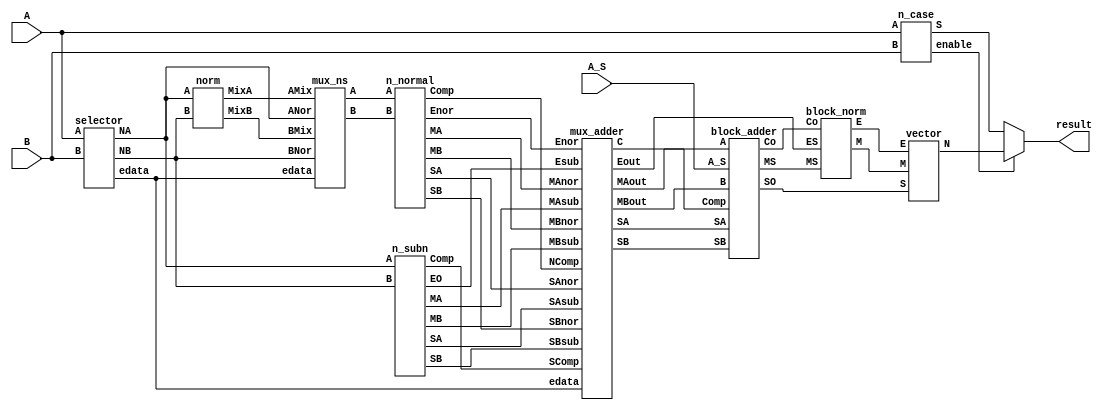
module floating_unit (
    input [31:0] A,
    input [31:0] B,
    input A_S,
    output [31:0] result
);

  wire [31:0] S;
  wire Enable;

  wire [1:0] edata;
  wire [36:0] NA, NB;

  wire SComp, SAsub, SBsub, Compnor, SAnor, SBnor;
  wire [7:0] Esub, Enor;
  wire [27:0] MAsub, MBsub, MAnor, MBnor;

  wire [36:0] MixA, MixB, AMux, BMux;

  wire SA, SB, C;
  wire [7:0] Eout;
  wire [27:0] MAout, MBout;

  wire [27:0] MS;
  wire CO, SO;

  wire [22:0] M;
  wire [ 7:0] E;

  wire [31:0] N;

  n_case nc (
      A,
      B,
      S,
      Enable
  );

  selector sel (
      A,
      B,
      edata,
      NA,
      NB
  );

  n_subn nsbn (
      NA,
      NB,
      SComp,
      SAsub,
      SBsub,
      Esub,
      MAsub,
      MBsub
  );

  mux_ns mxns (
      NA,
      NB,
      MixA,
      MixB,
      AMux,
      BMux,
      edata
  );

  norm nrm (
      NA,
      NB,
      MixA,
      MixB
  );

  n_normal nnrm (
      AMux,
      BMux,
      SAnor,
      SBnor,
      Compnor,
      Enor,
      MAnor,
      MBnor
  );

  mux_adder mxaddr (
      SAsub,
      SBsub,
      SComp,
      Esub,
      MAsub,
      MBsub,
      SAnor,
      SBnor,
      Compnor,
      Enor,
      MAnor,
      MBnor,
      edata,
      SA,
      SB,
      C,
      Eout,
      MAout,
      MBout
  );


  block_adder ba (
      SA,
      SB,
      C,
      MAout,
      MBout,
      A_S,
      MS,
      CO,
      SO
  );

  block_norm blknrm (
      Eout,
      CO,
      MS,
      M,
      E
  );

  vector vec (
      SO,
      E,
      M,
      N
  );

  assign result = (Enable == 1'b1) ? N : S;

endmodule


/// @author Abdelaziz Salah 
/// @date 4/11/2022
module n_case (
    A,
    B,
    S,
    enable
);

  ///defining inputs 
  input [31:0] A, B;

  /// defining outputs 
  output [31:0] S;  /// the output 
  output enable;

  /// defining utility wires  
  wire [2:0] outA, outB;
  wire [7:0] EA, EB, ES;  /// ES is the Exp of the output
  wire [22:0] MA, MB, MS;
  wire SA, SB, SS;  /// SS is the sign of the output     

  /// applying logic 

  ///assigning the sign bits
  assign SA = A[31];
  assign SB = B[31];

  /// assigning the Exponents 
  assign EA = A[30:23];
  assign EB = B[30:23];

  /// assinging the mantessa ; 
  assign MA = A[22:0];
  assign MB = B[22:0];

  /// ternary on the outA 
  assign outA = 
    (EA == 8'h00 && MA == 23'b0) ? 3'b000:  
    (EA == 8'h00 && MA > 23'b0) ? 3'b001:  
    (EA > 8'h00 && EA < 8'hFF && MA > 23'b0) ? 3'b011:  
    (EA == 8'hFF && MA == 23'b0) ? 3'b100:  /// infinity
      (EA == 8'hFF && MA > 23'b0) ? 3'b110 :  /// NAN
      3'b000;

  /// ternary on the outA 
  assign outB = 
    (EB == 8'h00 && MB == 23'b0) ? 3'b000:  
    (EB == 8'h00 && MB > 23'b0) ? 3'b001:  
    (EB > 8'h00 && EB < 8'hFF && MB > 23'b0) ? 3'b011:  
    (EB == 8'hFF && MB == 23'b0) ? 3'b100:  /// infinity
      (EB == 8'hFF && MB > 23'b0) ? 3'b110 :  ///NAN
      3'b000;

  /// if not normal or subnormal
  assign enable = outA[0] & outB[0];


  ///applying the logic of the S

  /// assigning the SS
  assign SS = (outA == 3'b110 || outB == 3'b110) ? 1'b1 :
     (((outA & outB) == 3'b100) & (SA == SB)) ? SA : 
     (((outA & outB) == 3'b100) & (SA != SB)) ? 1'b1: 
     (outA[0] == 1'b1 && outB == 3'b100) ? SB :
     (outB[0] == 1'b1 && outA == 3'b100) ? SA :
     (outA == 3'b000) ? SB : 
     SA; /// else set it to SA for any uncovered case. 


  /// assigning the ES
  assign ES  = (outA == 3'b110 || outB == 3'b110) ? 8'hFF :
     (((outA & outB) == 3'b100) && (SA == SB)) ? 8'hFF : 
     (((outA & outB) == 3'b100) && (SA != SB)) ? EA: 
     (outA[0] == 1'b1 && outB == 3'b100) ? EB :
     (outB[0] == 1'b1 && outA == 3'b100) ? EA :
     (outA == 3'b000) ? EB: 
      EA; /// else set it to SA for any uncovered case. 

  /// assigning the MS
  assign MS  = (outA == 3'b110 || outB == 3'b110) ? 23'b1 :
     (((outA & outB) == 3'b100) & (SA == SB)) ? MA: 
     (((outA & outB) == 3'b100) & (SA != SB)) ? 23'b1 : 
     (outA[0] == 1'b1 && outB == 3'b100) ? MB :
     (outB[0] == 1'b1 && outA == 3'b100) ? MA :
     (outA == 3'b000) ? MB: 
      MA; /// else set it to SA for any uncovered case. 

  /// concatinating the wires to the real output.
  assign S = {SS, ES, MS};

endmodule


module selector (
    input  [31:0] A,
    input  [31:0] B,
    output [ 1:0] edata,
    output [36:0] NA,
    output [36:0] NB
);
  wire SA, SB;
  wire [7:0] EA, EB;
  wire [22:0] MA, MB;

  assign SA = A[31];
  assign SB = B[31];
  assign EA = A[30:23];
  assign EB = B[30:23];
  assign MA = A[22:0];
  assign MB = B[22:0];

  assign NA[36] = SA;
  assign NB[36] = SB;

  assign NA[35:28] = EA;
  assign NB[35:28] = EB;

  assign NA[27] = (EA > 8'h00) ? 1'b1 : 1'b0;
  assign NB[27] = (EB > 8'h00) ? 1'b1 : 1'b0;

  assign NA[26:4] = MA;
  assign NA[3:0] = 4'b0;

  assign NB[26:4] = MB;
  assign NB[3:0] = 4'b0;

  assign edata = (EA == 8'h00 && EB == 8'h00) ? 2'b00 : (EA > 8'h00 && EB > 8'h00) ? 2'b01 : 2'b10;
endmodule


module n_subn (
    input [36:0] A,
    input [36:0] B,

    output Comp,
    output SA,
    output SB,
    output [7:0] EO,
    output [27:0] MA,
    output [27:0] MB
);
  wire [27:0] MAa, MBb;

  assign MAa  = A[27:0];
  assign MBb  = B[27:0];


  assign SA   = A[36];
  assign SB   = B[36];

  assign Comp = (MAa >= MBb) ? 1'b1 : 1'b0;

  assign EO   = A[35:28];

  assign MA   = (Comp == 1'b1) ? MAa : MBb;
  assign MB   = (Comp == 1'b1) ? MBb : MAa;
endmodule


module mux_ns (
    input  [36:0] ANor,
    input  [36:0] BNor,
    input  [36:0] AMix,
    input  [36:0] BMix,
    output [36:0] A,
    output [36:0] B,
    input  [ 1:0] edata
);
  assign A = edata == 2'b01 ? ANor : AMix;
  assign B = edata == 2'b01 ? BNor : BMix;
endmodule

module norm (
    input  [36:0] A,
    input  [36:0] B,
    output [36:0] MixA,
    output [36:0] MixB
);

  wire [36:0] NB;
  wire [ 4:0] shft;

  comp c (
      A,
      B,
      MixA,
      NB
  );
  zero_counter z (
      NB[27:0],
      shft
  );
  n_shift_norm ns (
      shft,
      NB[27:0],
      MixB[27:0]
  );
  assign MixB[36:28] = NB[36:28];
endmodule

module comp (
    input  [36:0] A,
    input  [36:0] B,
    output [36:0] NA,
    output [36:0] NB
);

  assign NA = A[35:28] == 8'b0 ? A : B;
  assign NB = A[35:28] == 8'b0 ? B : A;

endmodule
module zero_counter (
    input  [27:0] M,
    output [ 4:0] Zcount
);
  wire [27:0] Z;
  assign Z = 28'b0;
  assign Zcount =  M[27:0]  == Z[27:0] ? 5'h1c : 
				 M[27:1]  == Z[27:1] ? 5'h1b :
				 M[27:2]  == Z[27:2] ? 5'h1a :
				 M[27:3]  == Z[27:3] ? 5'h19 :
				 M[27:4]  == Z[27:4] ? 5'h18 :
				 M[27:5]  == Z[27:5] ? 5'h17 :
				 M[27:6]  == Z[27:6] ? 5'h16 :
				 M[27:7]  == Z[27:7] ? 5'h15 :
				 M[27:8]  == Z[27:8] ? 5'h14 :
				 M[27:9]  == Z[27:9] ? 5'h13 :
				 M[27:10] == Z[27:10] ? 5'h12 :
				 M[27:11] == Z[27:11] ? 5'h11 :
				 M[27:12] == Z[27:12] ? 5'h10 :
				 M[27:13] == Z[27:13] ? 5'hf :
				 M[27:14] == Z[27:14] ? 5'he :
				 M[27:15] == Z[27:15] ? 5'hd :
				 M[27:16] == Z[27:16] ? 5'hc :
				 M[27:17] == Z[27:17] ? 5'hb :
				 M[27:18] == Z[27:18] ? 5'ha :
				 M[27:19] == Z[27:19] ? 5'h9 :
				 M[27:20] == Z[27:20] ? 5'h8 :
				 M[27:21] == Z[27:21] ? 5'h7 :
				 M[27:22] == Z[27:22] ? 5'h6 :
				 M[27:23] == Z[27:23] ? 5'h5 :
				 M[27:24] == Z[27:24] ? 5'h4 :
				 M[27:25] == Z[27:25] ? 5'h3 :
				 M[27:26] == Z[27:26] ? 5'h2 :
				 M[27]    == Z[27] ? 5'h1 : 5'h0;

endmodule

module n_shift (
    input  [ 4:0] shft,
    input  [27:0] in,
    output [27:0] out
);
  wire [27:0] z1, z2, z3, z4, z5;
  genvar i;
  generate
    for (i = 0; i <= 27; i = i + 1) begin
      if (i == 0)
        mux2X1 m1 (
            1'b0,
            in[0],
            shft[0],
            z1[i]
        );
      if (i > 0 && i < 28)
        mux2X1 m2 (
            in[(i-1)],
            in[i],
            shft[0],
            z1[i]
        );
      if (i >= 0 && i < 2)
        mux2X1 m3 (
            1'b0,
            z1[i],
            shft[1],
            z2[i]
        );
      if (i > 1 && i < 28)
        mux2X1 m4 (
            z1[(i-2)],
            z1[i],
            shft[1],
            z2[i]
        );
      if (i >= 0 && i < 4)
        mux2X1 m5 (
            1'b0,
            z2[i],
            shft[2],
            z3[i]
        );
      if (i > 3 && i < 28)
        mux2X1 m6 (
            z2[(i-4)],
            z2[i],
            shft[2],
            z3[i]
        );
      if (i >= 0 && i < 8)
        mux2X1 m7 (
            1'b0,
            z3[i],
            shft[3],
            z4[i]
        );
      if (i > 7 && i < 28)
        mux2X1 m8 (
            z3[(i-8)],
            z3[i],
            shft[3],
            z4[i]
        );
      if (i >= 0 && i < 16)
        mux2X1 m9 (
            1'b0,
            z4[i],
            shft[4],
            z5[i]
        );
      if (i > 15 && i < 28)
        mux2X1 m10 (
            z4[(i-16)],
            z4[i],
            shft[4],
            z5[i]
        );
    end
  endgenerate
  assign out = z5;
endmodule

module mux2X1 (
    in0,
    in1,
    sel,
    out
);
  input in0, in1;
  input sel;
  output out;
  assign out = (sel) ? in0 : in1;
endmodule

module mux2X1_r (
    in0,
    in1,
    sel,
    out
);
  input in0, in1;
  input sel;
  output out;
  assign out = (sel) ? in0 : in1;
endmodule

module n_normal (
    input [36:0] A,
    input [36:0] B,
    output SA,
    output SB,
    output Comp,
    output [7:0] Enor,
    output [27:0] MA,
    output [27:0] MB
);
  wire [ 4:0] Dexp;
  wire [27:0] MShift;
  comp_exp com (
      A,
      B,
      SA,
      SB,
      Comp,
      Enor,
      MA,
      MShift,
      Dexp
  );
  n_shift_norm sh (
      Dexp,
      MShift,
      MB
  );
endmodule

module comp_exp (
    input [36:0] A,
    input [36:0] B,
    output SA,
    output SB,
    output Comp,
    output [7:0] Enor,
    output [27:0] MMax,
    output [27:0] MShift,
    output [4:0] Dexp
);

  wire [7:0] EA, EB;
  wire [27:0] MA, MB;
  wire [27:0] Diff;

  assign EA = A[35:28];
  assign EB = B[35:28];
  assign MA = A[27:0];
  assign MB = B[27:0];

  assign SA = A[36];
  assign SB = B[36];

  assign Comp = (EA > EB || MB[0] == 1'b1) ? 1'b1 : (EA < EB) ? 1'b0 : (MA >= MB) ? 1'b1 : 1'b0;

  assign Enor = Comp == 1'b1 ? EA : EB;

  assign MMax = Comp == 1'b1 ? MA : MB;
  assign MShift = Comp == 1'b1 ? MB : MA;

  assign Diff = (Comp == 1'b1 && MB[0] == 1'b0) ? (EA - EB) :
			  (Comp == 1'b0) ? (EB - EA) : (EA + EB);

  assign Dexp = (Diff <= 27) ? Diff[4:0] : 5'b11100;

endmodule
module n_shift_norm (
    input  [ 4:0] shft,
    input  [27:0] in,
    output [27:0] out
);
  wire [27:0] z1, z2, z3, z4, z5;
  genvar i;
  generate
    for (i = 0; i <= 27; i = i + 1) begin
      if (i == 0)
        mux2X1_r m1 (
            1'b0,
            in[27],
            shft[0],
            z1[27-i]
        );
      if (i > 0 && i < 28)
        mux2X1_r m2 (
            in[27-(i-1)],
            in[27-i],
            shft[0],
            z1[27-i]
        );
      if (i >= 0 && i < 2)
        mux2X1_r m3 (
            1'b0,
            z1[27-i],
            shft[1],
            z2[27-i]
        );
      if (i > 1 && i < 28)
        mux2X1_r m4 (
            z1[27-(i-2)],
            z1[27-i],
            shft[1],
            z2[27-i]
        );
      if (i >= 0 && i < 4)
        mux2X1_r m5 (
            1'b0,
            z2[27-i],
            shft[2],
            z3[27-i]
        );
      if (i > 3 && i < 28)
        mux2X1_r m6 (
            z2[27-(i-4)],
            z2[27-i],
            shft[2],
            z3[27-i]
        );
      if (i >= 0 && i < 8)
        mux2X1_r m7 (
            1'b0,
            z3[27-i],
            shft[3],
            z4[27-i]
        );
      if (i > 7 && i < 28)
        mux2X1_r m8 (
            z3[27-(i-8)],
            z3[27-i],
            shft[3],
            z4[27-i]
        );
      if (i >= 0 && i < 16)
        mux2X1_r m9 (
            1'b0,
            z4[27-i],
            shft[4],
            z5[27-i]
        );
      if (i > 15 && i < 28)
        mux2X1_r m10 (
            z4[27-(i-16)],
            z4[27-i],
            shft[4],
            z5[27-i]
        );
    end
  endgenerate
  assign out = z5;
endmodule

module mux_adder (
    input SAsub,
    input SBsub,
    input SComp,
    input [7:0] Esub,
    input [27:0] MAsub,
    input [27:0] MBsub,
    input SAnor,
    input SBnor,
    input NComp,
    input [7:0] Enor,
    input [27:0] MAnor,
    input [27:0] MBnor,
    input [1:0] edata,
    output SA,
    output SB,
    output C,
    output [7:0] Eout,
    output [27:0] MAout,
    output [27:0] MBout
);

  assign SA = edata == 2'b00 ? SAsub : SAnor;
  assign SB = edata == 2'b00 ? SBsub : SBnor;
  assign C = edata == 2'b00 ? SComp : NComp;
  assign Eout = edata == 2'b00 ? Esub : Enor;
  assign MAout = edata == 2'b00 ? MAsub : MAnor;
  assign MBout = edata == 2'b00 ? MBsub : MBnor;

endmodule


// =========== ADDER BLOCK ==========
module block_adder (
    SA,
    SB,
    Comp,
    A,
    B,
    A_S,
    MS,
    Co,
    SO
);
  input SA, SB, Comp, A_S;
  input [27:0] A, B;
  output [27:0] MS;
  output Co, SO;
  wire [27:0] Aa_aux, Bb_aux;
  wire AS;
  signout so (
      SA,
      SB,
      Comp,
      A,
      B,
      A_S,
      Aa_aux,
      Bb_aux,
      AS,
      SO
  );
  Adder #(28) add (
      Aa_aux,
      Bb_aux,
      AS,
      MS,
      Co
  );
endmodule
module signout (
    SA,
    SB,
    Comp,
    A,
    B,
    A_S,
    Aa,
    Bb,
    AS,
    SO
);
  input SA, SB, Comp, A_S;
  input [27:0] A, B;
  output [27:0] Aa, Bb;
  output AS, SO;
  wire SB_aux;
  wire [27:0] Aa_aux, Bb_aux;

  assign SB_aux = SB ^ A_S;
  assign SO = (Comp) ? SA : SB_aux;
  assign Aa_aux = (Comp) ? A : B;
  assign Bb_aux = (Comp) ? B : A;
  assign Aa = (SA ^ SB_aux == 1'b0) ? Aa_aux : (SA == 1'b1 && SB_aux == 1'b0) ? Bb_aux : Aa_aux;
  assign Bb = (SA ^ SB_aux == 1'b0) ? Bb_aux : (SA == 1'b1 && SB_aux == 1'b0) ? Aa_aux : Bb_aux;
  assign AS = (SA != SB_aux) ? 1'b1 : 1'b0;
endmodule
module Adder #(
    parameter Width = 32
) (
    input [Width-1:0] add1_i,
    input [Width-1:0] add2_i,
    input A_S,
    output [Width-1:0] sum_o,
    output carry_o
);
  assign {carry_o, sum_o} = (A_S == 0) ? add1_i + add2_i : add1_i + {add2_i[Width-1:1], ~add2_i[0]};
endmodule
// =========== NORM BLOCK ==========
module block_norm (
    input [7:0] ES,
    input Co,
    input [27:0] MS,
    output [22:0] M,
    output [7:0] E
);
  wire [4:0] Zcount_aux, shift;
  wire [27:0] number;
  zero_counter zc (
      MS,
      Zcount_aux
  );
  exponent exp (
      ES,
      Co,
      Zcount_aux,
      shift,
      E
  );
  n_shift sh (
      shift,
      MS,
      number
  );
  round r (
      number,
      M
  );
endmodule
module exponent (
    input [7:0] ES,
    input Co,
    input [4:0] Zcount_aux,
    output [4:0] shift,
    output [7:0] E
);
  assign shift = (ES > Zcount_aux) ? Zcount_aux : (ES < Zcount_aux) ? ES[4:0] : Zcount_aux;
  assign E = (ES > Zcount_aux) ? ES - shift + Co : (ES < Zcount_aux) ? 8'h00 : 8'h01;
endmodule
module round (
    input  [27:0] number,
    output [22:0] M
);
  assign M = (number[3:0] >= 4'b1000) ? number[26:4] + 1'b1 : number[26:4];
endmodule
// =========== VECTOR BLOCK ===========
module vector (
    input S,
    input [7:0] E,
    input [22:0] M,
    output [31:0] N
);
  assign N[31] = S;
  assign N[30:23] = E;
  assign N[22:0] = M;
endmodule
// =========== END ==========